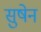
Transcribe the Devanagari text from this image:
सुषेन